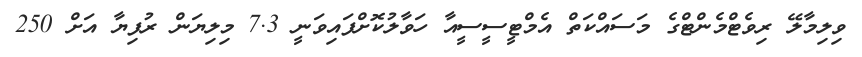
ވިލިމާލޭ ރިވެޓްމެންޓްގެ މަސައްކަތް އެމްޓީސީސީއާ ހަވާލުކޮށްފައިވަނީ 7.3 މިލިޔަން ރުފިޔާ އަށް 250